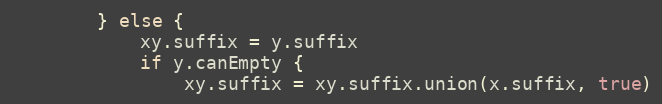
Language: Go
		} else {
			xy.suffix = y.suffix
			if y.canEmpty {
				xy.suffix = xy.suffix.union(x.suffix, true)